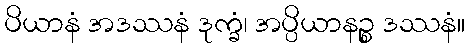
ပိယာနံ အဒဿနံ ဒုက္ခံ၊ အပ္ပိယာနဉ္စ ဒဿနံ။